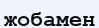
жобамен